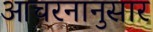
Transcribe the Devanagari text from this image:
आचरनानुसार